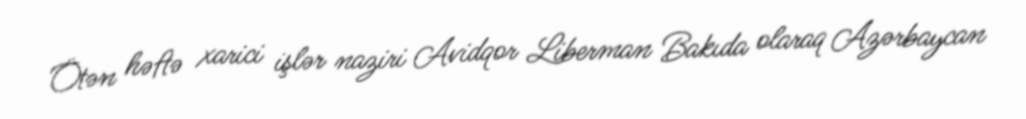
Ötən həftə xarici işlər naziri Avidqor Liberman Bakıda olaraq Azərbaycan